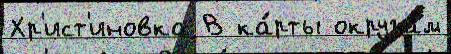
Хр'ист'иновка В ка́рты округам